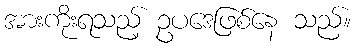
အားကိုးရသည့် ဥပဒေဖြစ်နေ သည်။